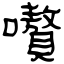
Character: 嚽